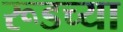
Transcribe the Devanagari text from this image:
रूडच्या